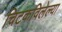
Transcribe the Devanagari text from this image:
चिटकविलेल्या